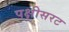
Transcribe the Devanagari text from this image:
पक्षीसरट